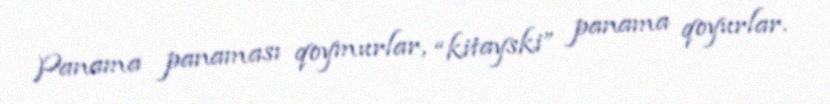
Panama panaması qoymurlar, “kitayski” panama qoyurlar.